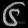
Digit: ၆